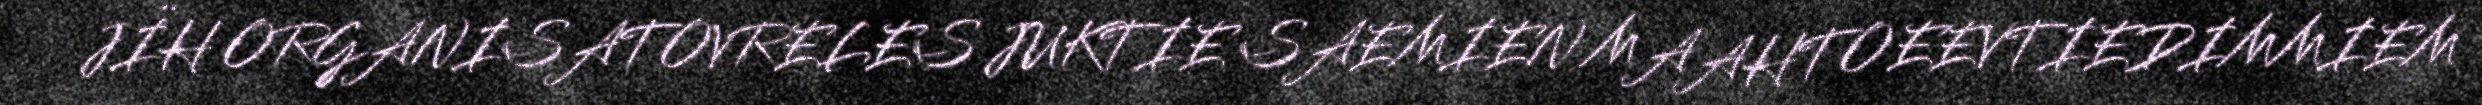
JÏH ORGANISATOVRELES JUKTIE SAEMIEN MAAHTOEEVTIEDIMMIEM